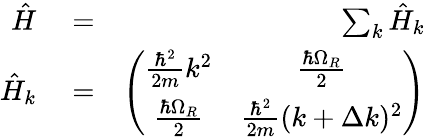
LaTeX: \begin{array}{rlr}{\hat{H}}&{{}=}&{\sum_{k}\hat{H}_{k}}\\ {\hat{H}_{k}}&{{}=}&{\left(\begin{array}{cc}{\frac{\hbar^{2}}{2m}k^{2}}&{\frac{\hbar\Omega_{R}}{2}}\\ {\frac{\hbar\Omega_{R}}{2}}&{\frac{\hbar^{2}}{2m}(k+\Delta k)^{2}}\end{array}\right)}\end{array}